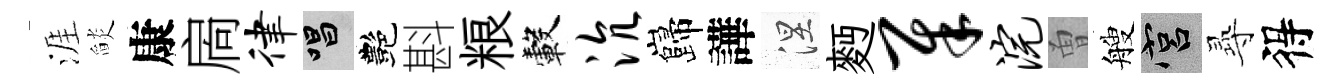
涯𦦨康扄律唱艷斟粮轂沆巋譁涅麪犀浣曽艘宫𡬶得